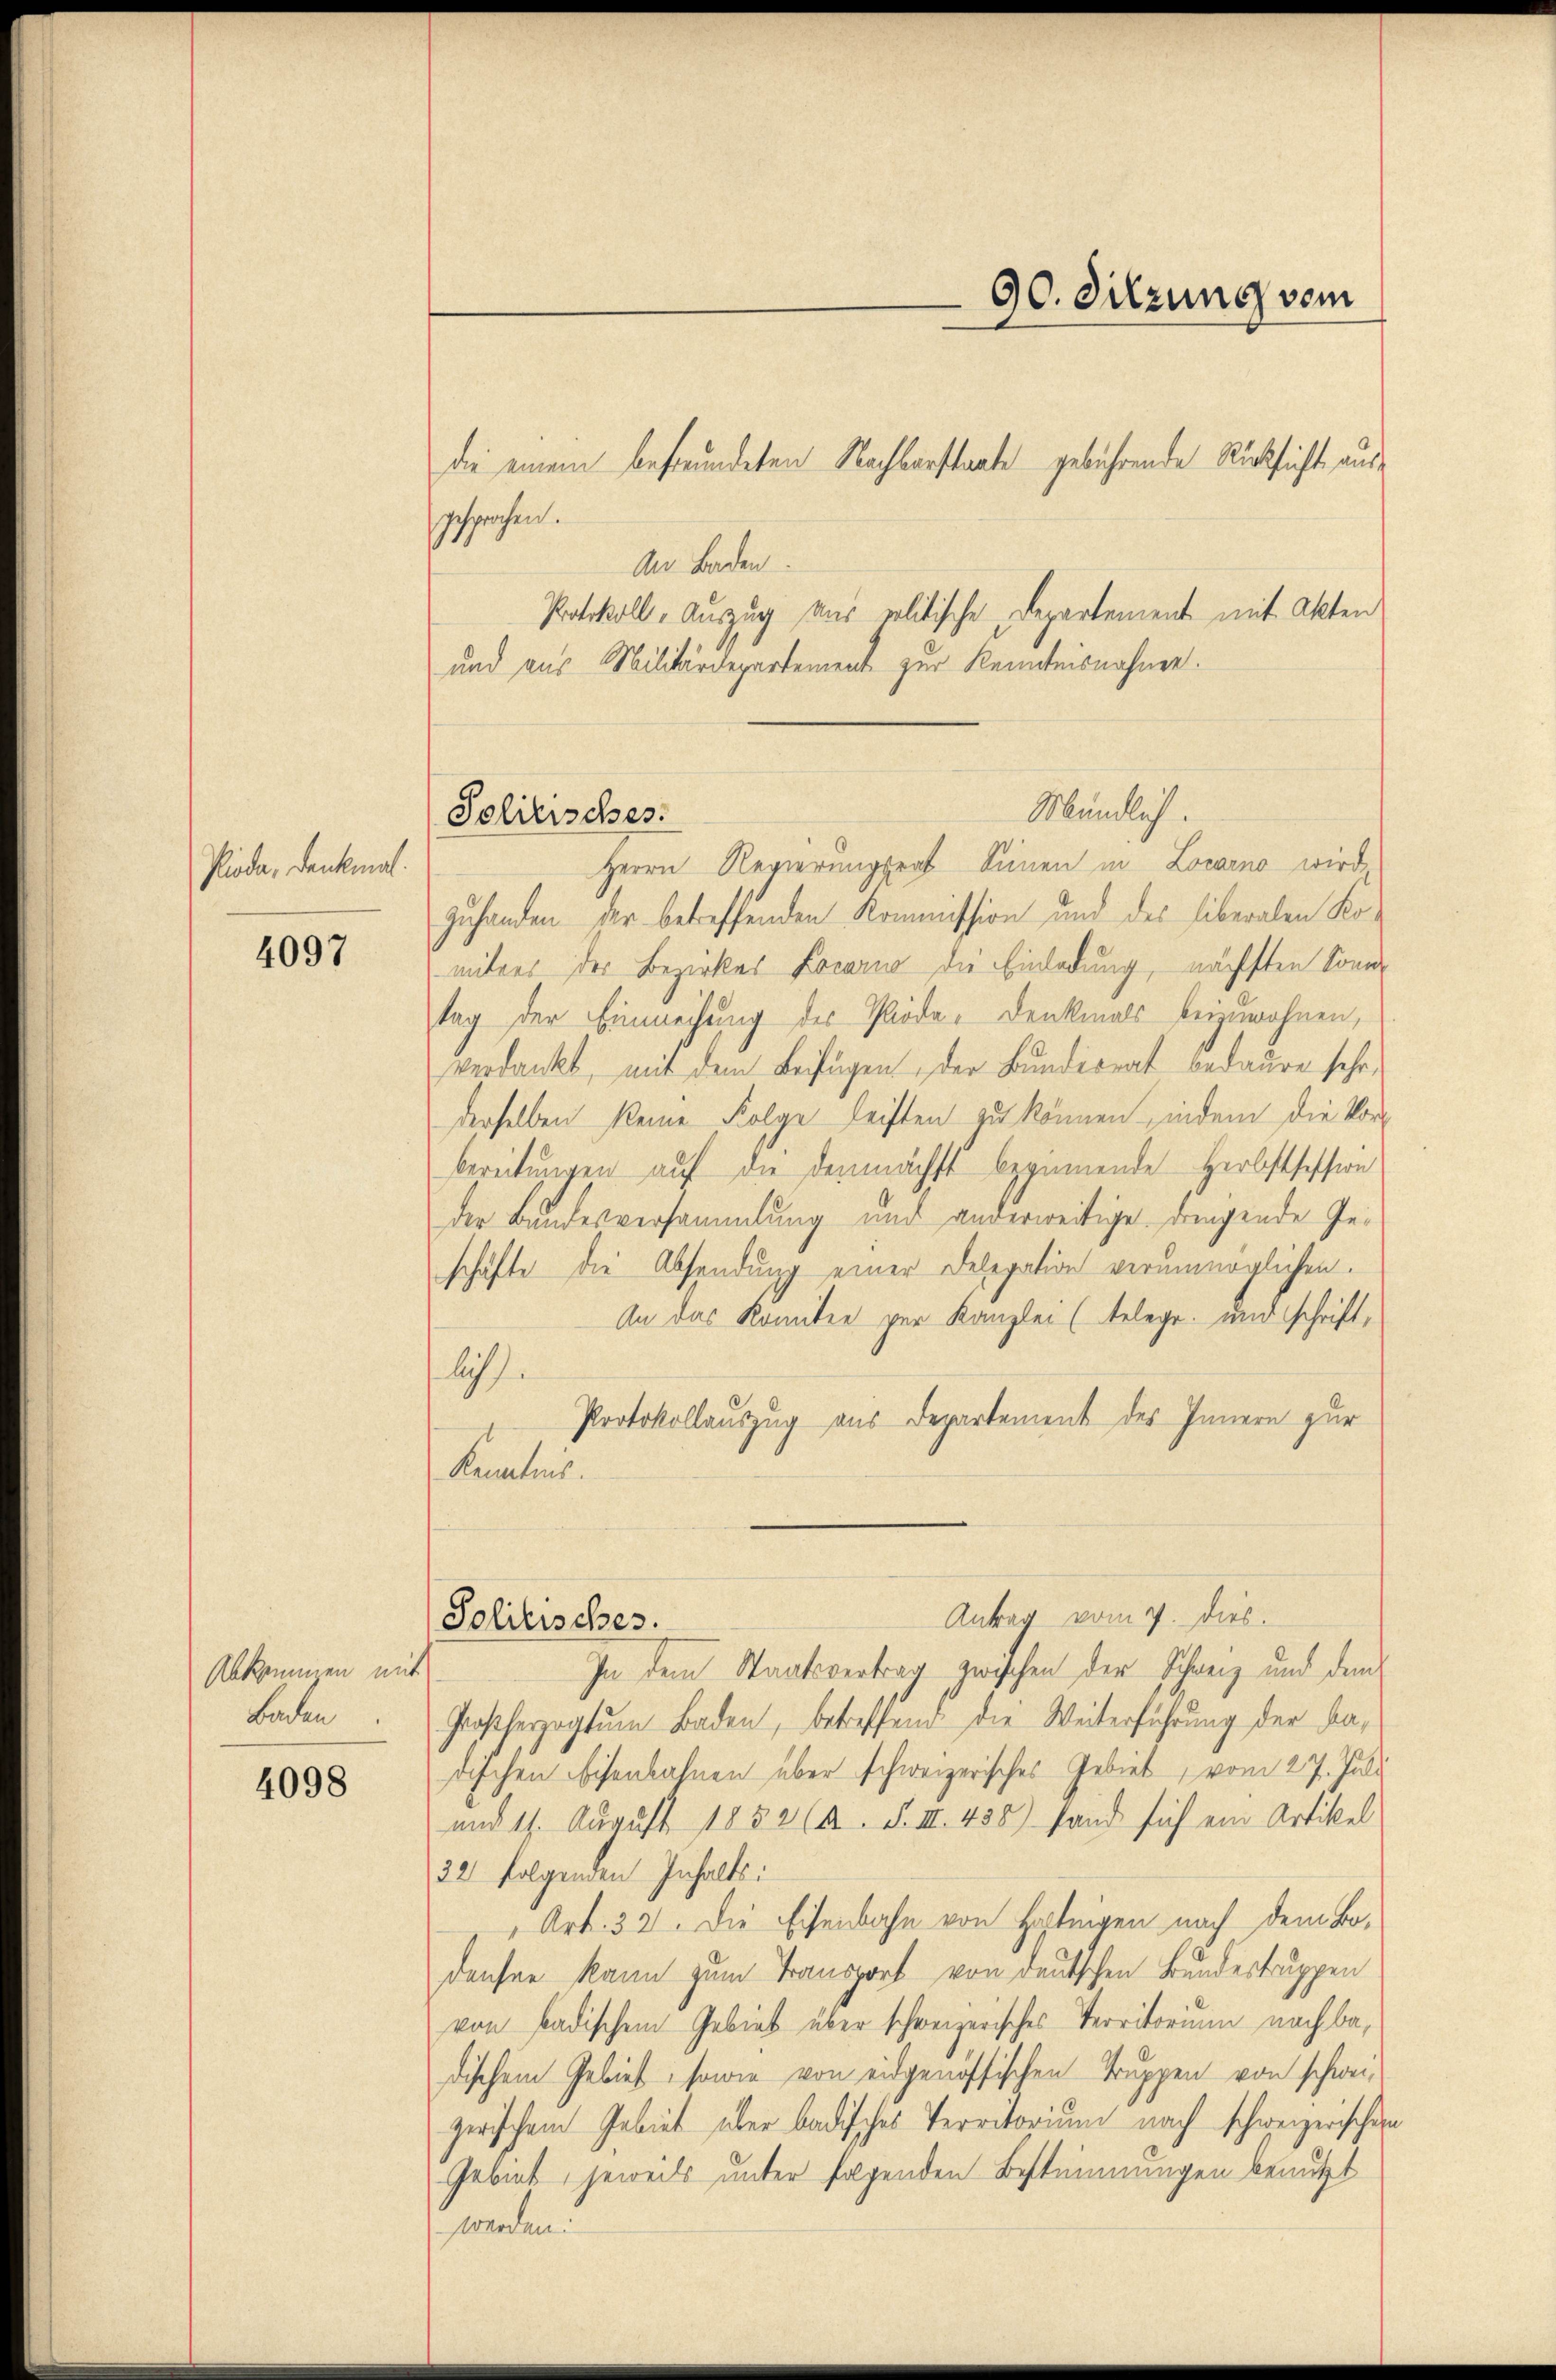
Pioda, Denkmal.

4097

Abkommen mit
Baden

4098

gesprochen.
An Baden.
Protokoll-Auszug aus politische Departement mit Akten
und aus Militärdepartement zur Kenntnisnahme.
Mändlich.
Herrn Regierungsrat Sinnen in Locarno wird
zuhanden der betreffenden Kommission und des liberalen Kounters der Bezirkes Locarno die Einladung, nächsten Sonne
tag der Einweisung des Pioda-Denkmals beizuwohnen,
verdankt, mit dem Beifügen der Bundesrat bedaure sehr,
derselben keine Folge leisten zu können, indem die Vorbereitungen auf die demnächst beginnende Herbstfession
der Bundesversammlung und anderweitige dringende Geschäfte die Absendung einer Delegation verunmöglichen.
An das Komitee zur Kanzlei (telege und schrift,
lis.
Protokollauszug aus Departement des Innern zur
Kenntnis.
Antrag vom 7. dies.
Politisches.
In dem Staatsvertrag zwischen der Schweiz und dem
Großherzogtum Baden, betreffend die Weiterführung der Badischen Eisenbahnen über schweizerisches Gebiet, vom 27. Juli
und 11. August 1852 (A. F. III. 438) fand sich ein Artikel
32 folgenden Inhalts:
Art. 32. Die Eisenbahn von Hortigen nach dem Bo-
densee kann zum Transport von deutschen Bundestruppen
von badischem Gebiet über schweizerisches Territorium nachbadischem Gebiet, sowie von eidgenössischen Truppen von schweizwischem Gebiet aber badisches Territorium nach schweizerischein
Gebiet, jeweils unter folgenden Bestimmungen benutzt
werden:

Politisches.

die einem befreundeten Nachbarstaate gebührende Rücksicht aus¬

90. Sitzung vom